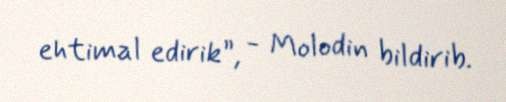
ehtimal edirik”, - Molodin bildirib.